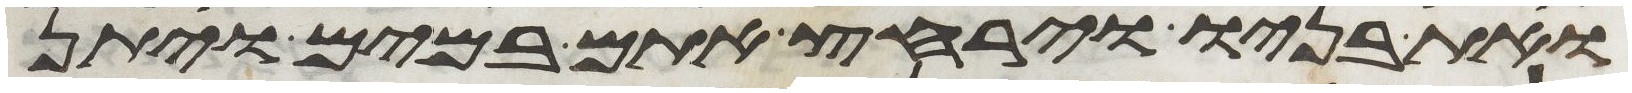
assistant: ואת בניו וירחץ אתם במים ויתן